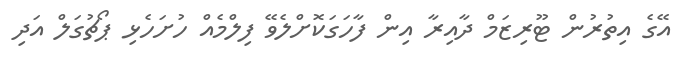
އޭގެ އިތުރުން ޓޫރިޒަމް ދާއިރާ އިން ފާހަގަކޮށްލެވޭ ފިލްމެއް ހުށަހެޅި ޕޯޗުގަލް އަދި